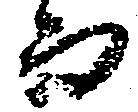
而